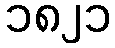
၁၈၂၁